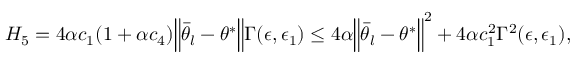
\begin{array} { r } { H _ { 5 } = 4 \alpha c _ { 1 } ( 1 + \alpha c _ { 4 } ) \Big \lVert \bar { \theta } _ { l } - \theta ^ { * } \Big \rVert \Gamma ( \epsilon , \epsilon _ { 1 } ) \le 4 \alpha \Big \lVert \bar { \theta } _ { l } - \theta ^ { * } \Big \rVert ^ { 2 } + 4 \alpha c _ { 1 } ^ { 2 } \Gamma ^ { 2 } ( \epsilon , \epsilon _ { 1 } ) , } \end{array}